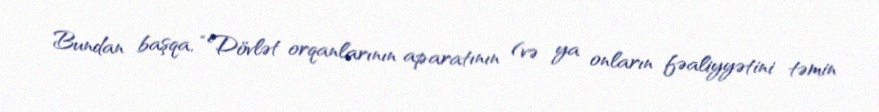
Bundan başqa, “Dövlət orqanlarının aparatının (və ya onların fəaliyyətini təmin